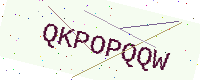
Text: QKPOPQQW